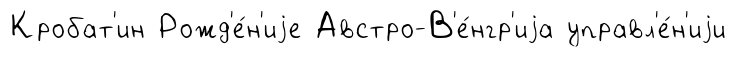
Кробат'ин Рожд'е́н'иjе Австро-В'е́нгр'иjа управл'е́н'иjи